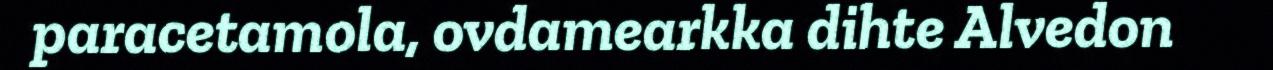
paracetamola, ovdamearkka dihte Alvedon